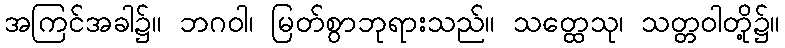
အကြင်အခါ၌။ ဘဂဝါ၊ မြတ်စွာဘုရားသည်။ သတ္ထေသု၊ သတ္တဝါတို့၌။